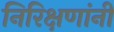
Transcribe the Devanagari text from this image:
निरिक्षणांनी